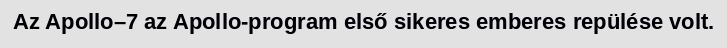
Az Apollo–7 az Apollo-program első sikeres emberes repülése volt.